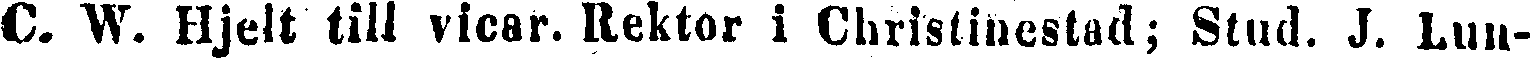
C. W. Hjelt till vicar. Rektor i Christinestad; Stud. J. Lun-